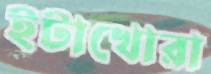
ইটাখোরা